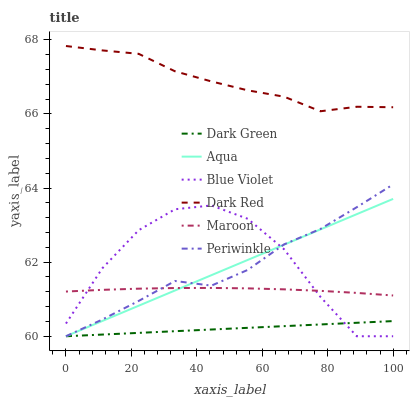
| xaxis_label | Dark Green | Aqua | Blue Violet | Dark Red | Maroon | Periwinkle |
 | --- | --- | --- | --- | --- | --- | --- |
 | 0 | 60 | 60 | 60.3 | 67.8 | 61.2 | 60 |
 | 11.1 | 60 | 60.4 | 61.8 | 67.7 | 61.3 | 60.5 |
 | 22.2 | 60.1 | 60.8 | 62.9 | 67.6 | 61.3 | 61 |
 | 33.3 | 60.1 | 61.2 | 63.4 | 67.1 | 61.3 | 61.5 |
 | 44.4 | 60.2 | 61.6 | 63.5 | 66.9 | 61.3 | 61.4 |
 | 55.6 | 60.2 | 62.1 | 63.2 | 66.6 | 61.3 | 61.8 |
 | 66.7 | 60.3 | 62.5 | 62.3 | 66.5 | 61.3 | 62.5 |
 | 77.8 | 60.3 | 62.9 | 61.1 | 66.1 | 61.2 | 62.9 |
 | 88.9 | 60.4 | 63.3 | 60 | 66.2 | 61.2 | 63.5 |
 | 100 | 60.4 | 63.7 | 60 | 66.2 | 61.1 | 64.1 |